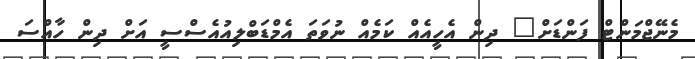
މެނޭޖްމަންޓް ފަންޑަށް" ދިން އެހީއެއް ކަމެއް ނުވަތަ އެމްޑަބްލިއުއެސްސީ އަށް ދިން ހާއްސަ